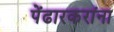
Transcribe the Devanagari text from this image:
पेंढारकरांना